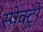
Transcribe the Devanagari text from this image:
स्पेक्ट्रो